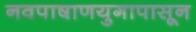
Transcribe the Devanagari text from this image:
नवपाषाणयुगापासून